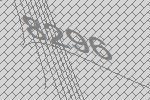
8296